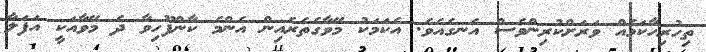
ތިހުރިހާކަމެއް ވަރަށްކުރިންވެސް އެނގެއެވެ. އެކަމަކު މޭވާގެތެރެއިން އެންމެ ކާންފޫހިވާ ދެ މޭވާއަކީ އަފަލާ